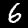
Digit: 6